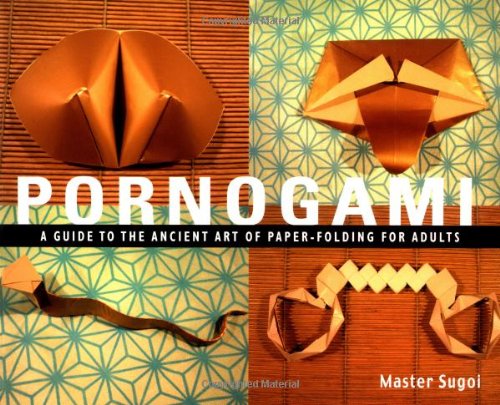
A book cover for Pornogami: A Guide to the Ancient Art of Paper-Folding for Adults; Master Sugoi; Arts & Photography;